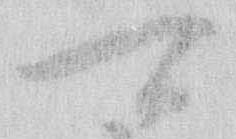
可